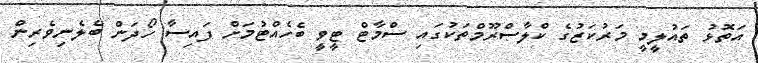
އަތޮޅު ތައުލީމީ މަރުކަޒުގެ ކްލާސްރޫމްތަކުގައި ސްމާޓް ޓީވީ ބެހެއްޓުމަށް ފައިސާ ހޯދަން ބެލެނިވެރިން